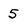
Character: 5